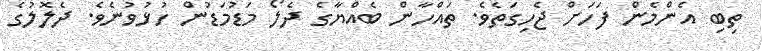
ތިބި އެންމެން ފަހަށް ޖެހިގަތެވެ. ތައްހާން ބެއްޔާގެ ދެލޯ މަޑުމަޑުން ހުޅުވުނެވެ. ދެލޮލުގެ